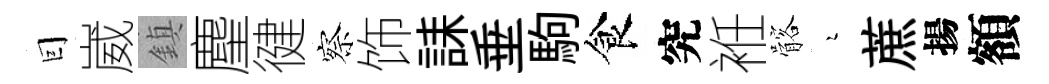
囙崴鎮麈徤察饰誄垂駒食究袵髂瑟蔗揚額